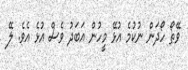
ވޭތޯ ހޯދަން ނުކުމެ އުޅޭ މީހުން އަބަދު ވެސް އުޅެ އެވެ. ލޭ